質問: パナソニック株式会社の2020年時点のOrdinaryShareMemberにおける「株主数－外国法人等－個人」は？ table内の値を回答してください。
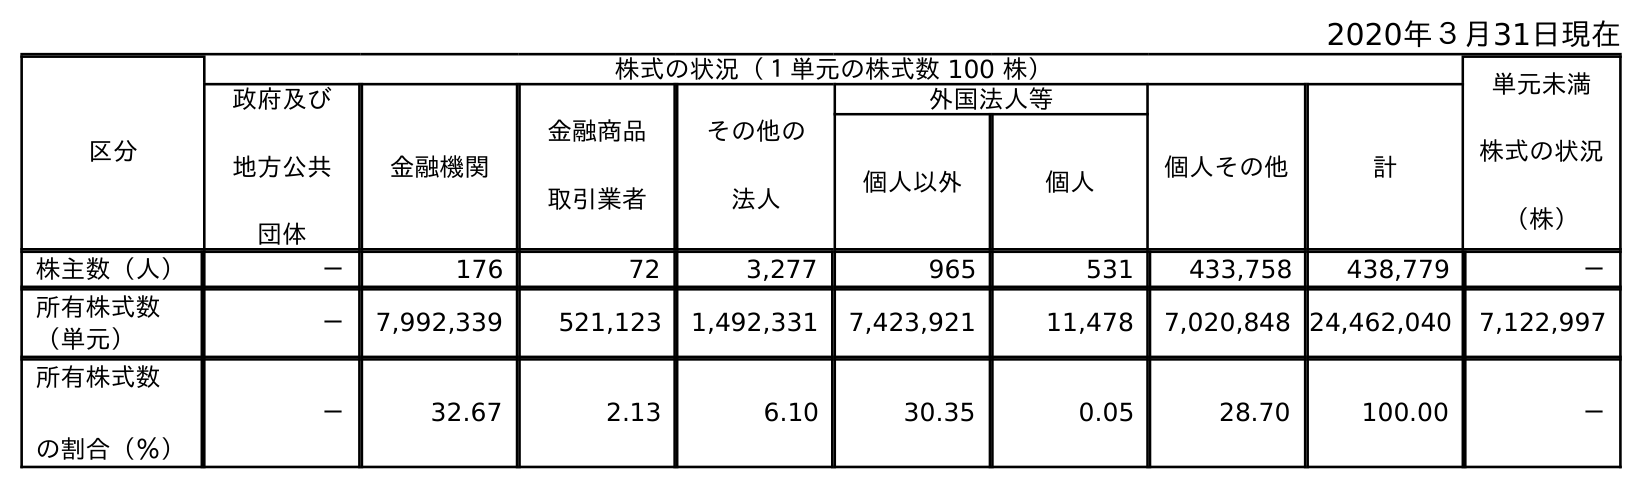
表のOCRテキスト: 2020年３月31日現在 区分 株式の状況（１単元の株式数 100 株） 単元未満 株式の状況 （株） 政府及び 地方公共 団体 金融機関 金融商品 取引業者 その他の 法人 外国法人等 個人その他 計 個人以外 個人 株主数（人） － 176 72 3,277 965 531 433,758 438,779 － 所有株式数 （単元） － 7,992,339 521,123 1,492,331 7,423,921 11,478 7,020,848 24,462,040 7,122,997 所有株式数 の割合（％） － 32.67 2.13 6.10 30.35 0.05 28.70 100.00 －
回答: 531